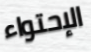
الإحتواء